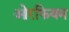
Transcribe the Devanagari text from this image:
ओरफियम